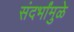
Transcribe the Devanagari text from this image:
संदर्भांमुळे